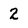
Character: 2